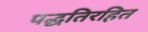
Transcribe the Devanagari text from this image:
पद्धतिरहित